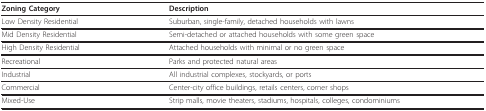
<table><thead><tr><td><b>Zoning Category</b></td><td><b>Description</b></td></tr></thead><tbody><tr><td>Low Density Residential</td><td>Suburban, single-family, detached households with lawns</td></tr><tr><td>Mid Density Residential</td><td>Semi-detached or attached households with some green space</td></tr><tr><td>High Density Residential</td><td>Attached households with minimal or no green space</td></tr><tr><td>Recreational</td><td>Parks and protected natural areas</td></tr><tr><td>Industrial</td><td>All industrial complexes, stockyards, or ports</td></tr><tr><td>Commercial</td><td>Center-city office buildings, retails centers, corner shops</td></tr><tr><td>Mixed-Use</td><td>Strip malls, movie theaters, stadiums, hospitals, colleges, condominiums</td></tr></tbody></table>